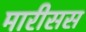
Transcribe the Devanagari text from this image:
मारीसस